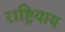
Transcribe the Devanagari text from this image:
राष्ट्रियाय